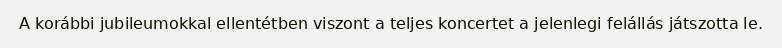
A korábbi jubileumokkal ellentétben viszont a teljes koncertet a jelenlegi felállás játszotta le.